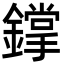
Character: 鐣